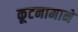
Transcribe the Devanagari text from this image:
कूटनामाने